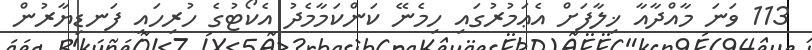
113 ވަނަ މާއްދާއާ ޚިލާފަށް އެޢަމުރުގައި ހިމެނޭ ކަންކަމާމެދު އެކޯޓުގެ ހުރިހައި ފަނޑިޔާރުން